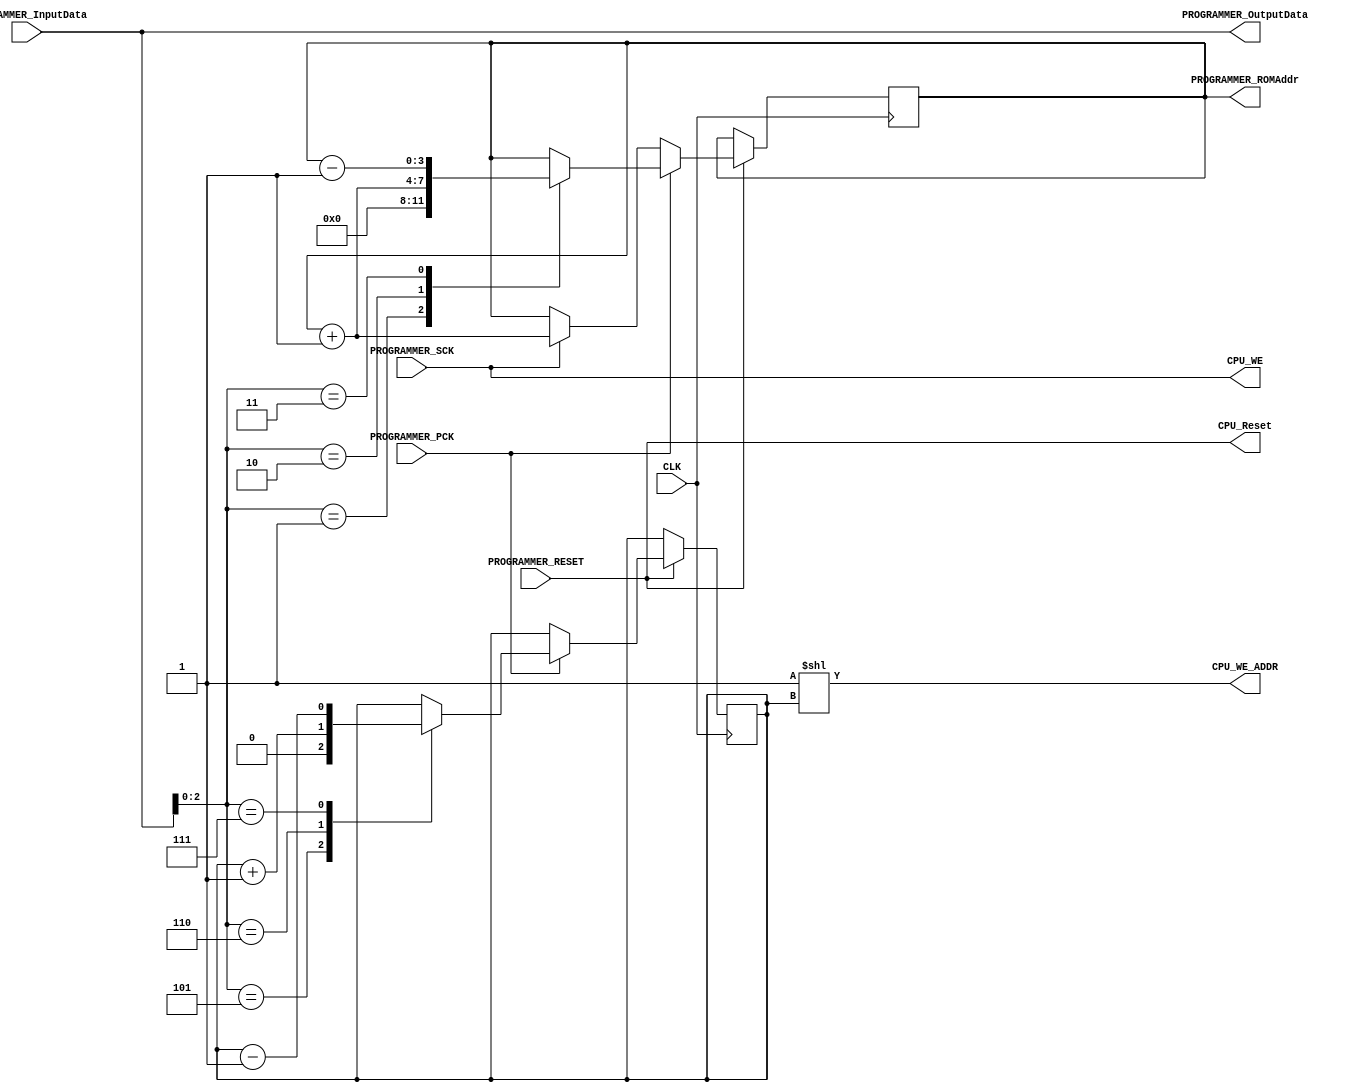
module PROGRAMMER
#
(
	parameter 	NumberOfCores 	= 2,
	parameter 	AddrMSB 		 		= (NumberOfCores>1)? ($clog2(NumberOfCores)-1) 	: 0,
	parameter 	AddrMSB2 		 		= (NumberOfCores>1)? ($clog2(NumberOfCores)  ) 	: 0
)
(
	input wire												CLK,
	
	input	wire												PROGRAMMER_RESET,
	
	input	wire		[7:0]								PROGRAMMER_InputData,
	input	wire												PROGRAMMER_PCK,
	input	wire												PROGRAMMER_SCK,
	
	output wire 	[7:0]								PROGRAMMER_OutputData,
	output reg 		[3:0]								PROGRAMMER_ROMAddr,
	
	output wire 											CPU_Reset,
	output wire												CPU_WE,
	output wire		[AddrMSB2:0]				CPU_WE_ADDR
);

reg [AddrMSB:0] PROGRAMMER_CPUAddr;

assign PROGRAMMER_OutputData = PROGRAMMER_InputData;
assign CPU_WE = PROGRAMMER_SCK;
assign CPU_Reset = PROGRAMMER_RESET;
assign CPU_WE_ADDR = (1'b1 << (PROGRAMMER_CPUAddr));

always @(posedge CLK)
begin
	if(PROGRAMMER_RESET)
		if(PROGRAMMER_PCK)
		begin
			case(PROGRAMMER_InputData[2:0])			
				3'b001:
				begin
					PROGRAMMER_ROMAddr 	= 1'b0;
				end
				3'b010:	//Programmer_ExternalAddr++:
				begin
					PROGRAMMER_ROMAddr 	= PROGRAMMER_ROMAddr + 1'b1;
				end
				3'b011:	//Programmer_ExternalAddr--:
				begin
					PROGRAMMER_ROMAddr 	= PROGRAMMER_ROMAddr - 1'b1;
				end
							
				3'b101:	//Save to Programmer_CPUAddr:
				begin
					PROGRAMMER_CPUAddr 	= 1'b0;
				end
				3'b110:	//Programmer_CPUAddr++:
				begin
					PROGRAMMER_CPUAddr	= PROGRAMMER_CPUAddr + 1'b1;
				end
				3'b111:	//Programmer_CPUAddr--:
				begin
					PROGRAMMER_CPUAddr	= PROGRAMMER_CPUAddr - 1'b1;
				end
					
			endcase
		end
		else if(PROGRAMMER_SCK)
		begin
			PROGRAMMER_ROMAddr 	= PROGRAMMER_ROMAddr + 1'b1;
		end
end

//TESTBENCH INIT:
initial begin
	PROGRAMMER_CPUAddr = 0;
	PROGRAMMER_ROMAddr = 0;
end

endmodule